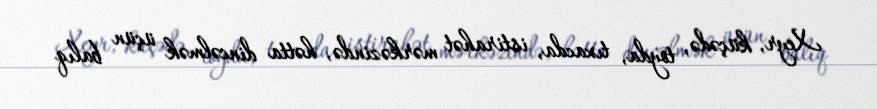
Xeyr, küçədə, toyda, tıxacda, istirahət mərkəzində, hətta dincəlmək üçün balıq